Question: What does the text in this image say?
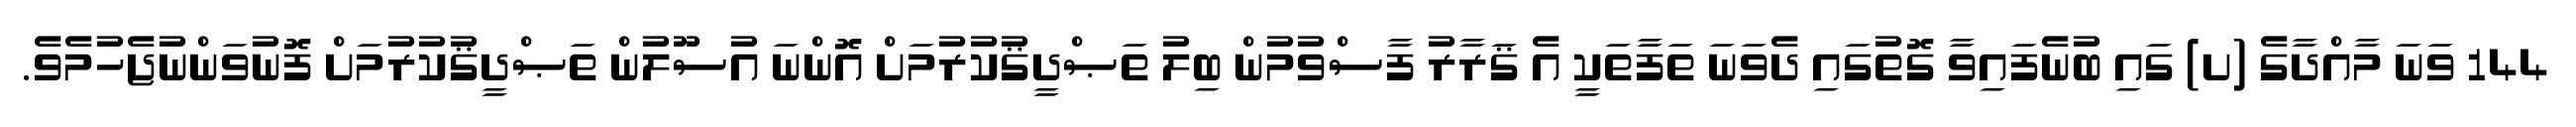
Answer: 144 ވަނަ މާއްދާގެ (ށ) ގައި ބުނެފައިވާ ގޮތުގައި ދެވަނަ ތަފާތަކީ އެ ޤަރާރު ފާސްވުމުން ބިލު ތަޞްދީޤުކުރުމަށް އޮންނަ އުސޫލުން ތަޞްދީޤުކުރުމަށް ފޮނުވަންނުޖެހުމެވެ.